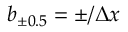
b _ { \pm 0 . 5 } = \pm / \Delta x